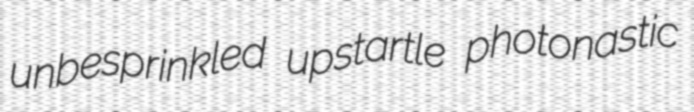
unbesprinkled upstartle photonastic